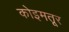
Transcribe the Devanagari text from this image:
कोइमतूर